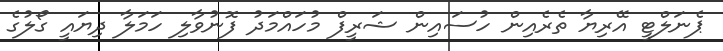
ޕެނަލްޓީ އޭރިޔާ ތެރެއިން ހުސައިން ޝަރީފް މުހައްމަދު ފޮނުވާލި ހަމަލާ ދިޔައީ ގޯލުގެ